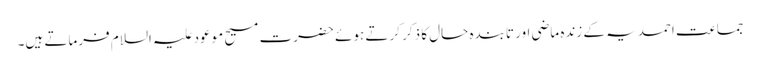
جماعت احمدیہ کے زندہ ماضی اور تابندہ حال کا ذکر کرتے ہوئے حضرت مسیح موعود علیہ السلام فرماتے ہیں۔